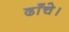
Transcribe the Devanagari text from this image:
ढाँचे।